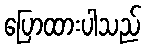
ပြောထားပါသည်